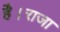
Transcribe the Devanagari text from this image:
है।राजा